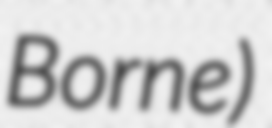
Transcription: Borne)